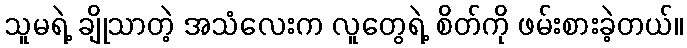
သူမရဲ့ ချိုသာတဲ့ အသံလေးက လူတွေရဲ့ စိတ်ကို ဖမ်းစားခဲ့တယ်။